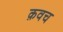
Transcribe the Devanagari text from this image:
क़वच